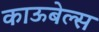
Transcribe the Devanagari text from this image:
काऊबेल्स